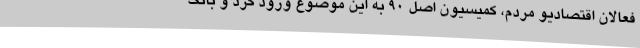
فعالان اقتصادیو مردم، کمیسیون اصل 90 به این موضوع ورود کرد و بانک